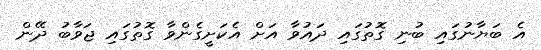
އެ ބަޔާނުގައި ބުނި ގޮތުގައި ދައުވާ އަށް އެކަށީގެންވާ ގޮތުގައި ޖަވާބު ދޭން